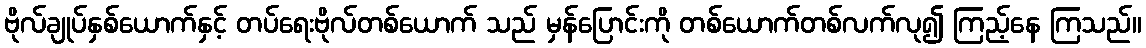
ဗိုလ်ချုပ်နှစ်ယောက်နှင့် တပ်ရေးဗိုလ်တစ်ယောက် သည် မှန်ပြောင်းကို တစ်ယောက်တစ်လက်လု၍ ကြည့်နေ ကြသည်။